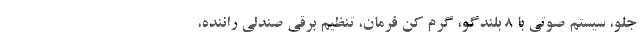
جلو، سیستم صوتی با 8 بلندگو، گرم کن فرمان، تنظیم برقی صندلی راننده،